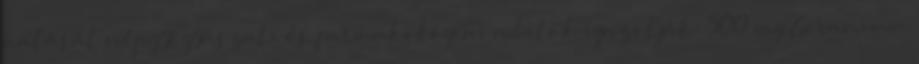
hatását népgyógyászati és farmakológiai adatok igazolják. 500 mg Geranium